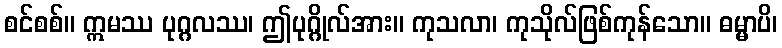
စင်စစ်။ ဣမဿ ပုဂ္ဂလဿ၊ ဤပုဂ္ဂိုလ်အား။ ကုသလာ၊ ကုသိုလ်ဖြစ်ကုန်သော။ ဓမ္မာပိ၊